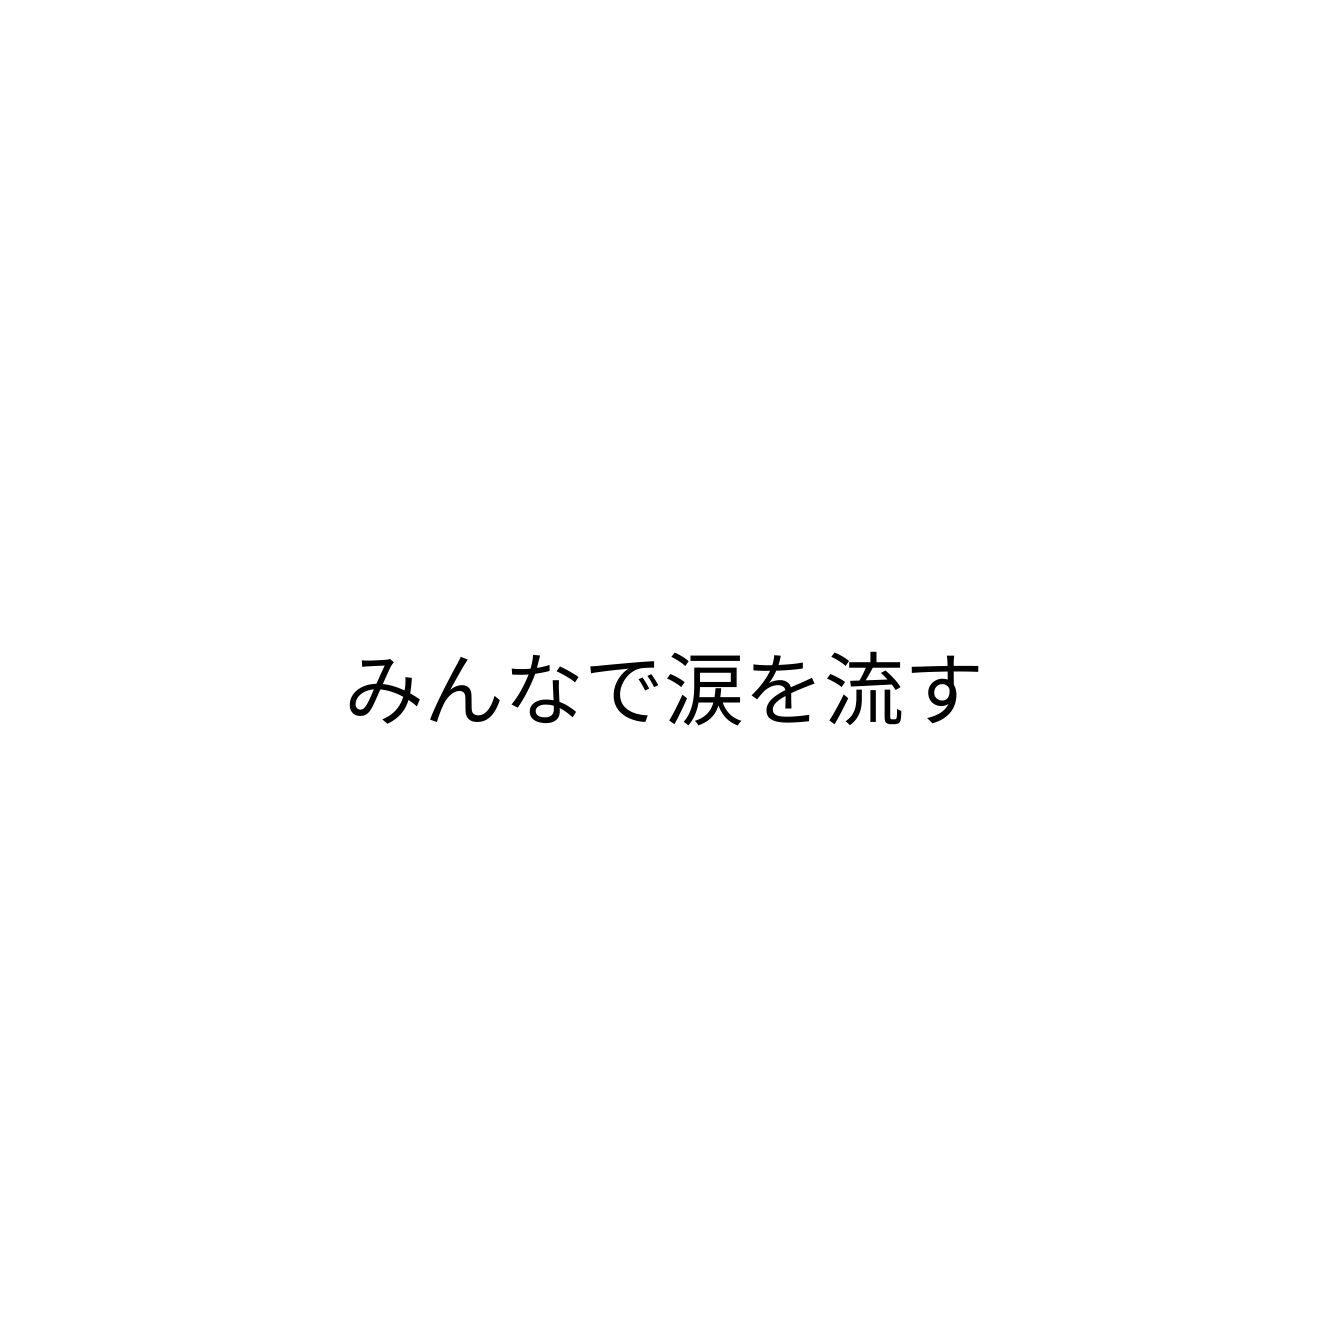
みんなで涙を流す